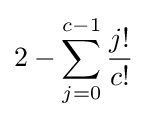
2-\sum _{j=0}^{c-1}{\frac {j!}{c!}}